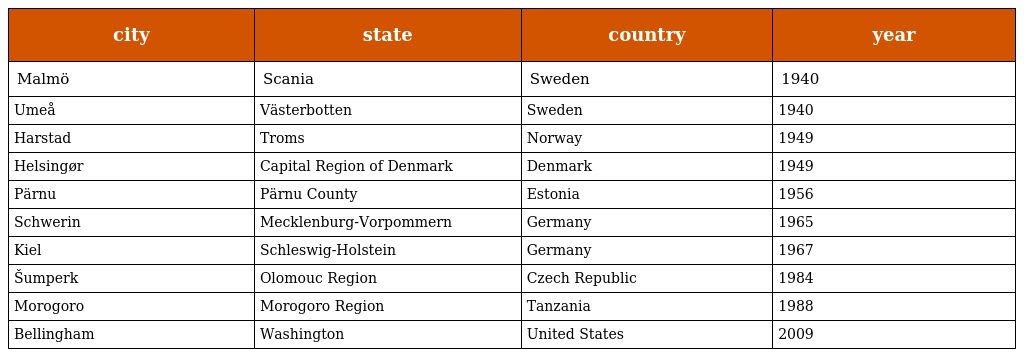
| city | state | country | year |
 | --- | --- | --- | --- |
 | Malmö | Scania | Sweden | 1940 |
 | Umeå | Västerbotten | Sweden | 1940 |
 | Harstad | Troms | Norway | 1949 |
 | Helsingør | Capital Region of Denmark | Denmark | 1949 |
 | Pärnu | Pärnu County | Estonia | 1956 |
 | Schwerin | Mecklenburg-Vorpommern | Germany | 1965 |
 | Kiel | Schleswig-Holstein | Germany | 1967 |
 | Šumperk | Olomouc Region | Czech Republic | 1984 |
 | Morogoro | Morogoro Region | Tanzania | 1988 |
 | Bellingham | Washington | United States | 2009 |